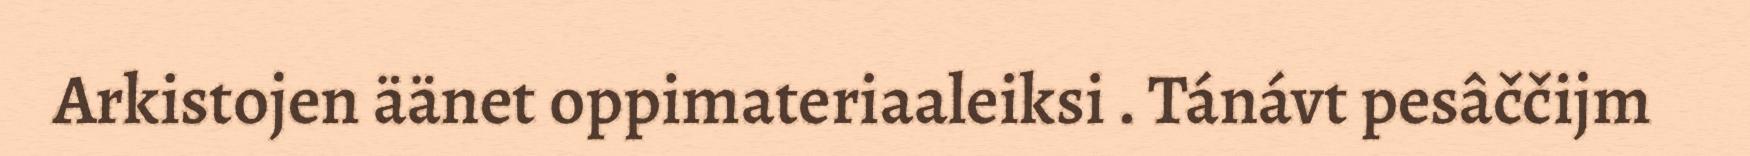
Arkistojen äänet oppimateriaaleiksi . Tánávt pesâččijm